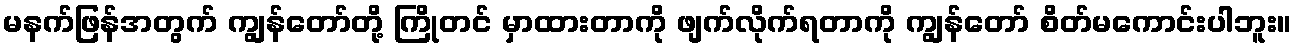
မနက်ဖြန်အတွက် ကျွန်တော်တို့ ကြိုတင် မှာထားတာကို ဖျက်လိုက်ရတာကို ကျွန်တော် စိတ်မကောင်းပါဘူး။